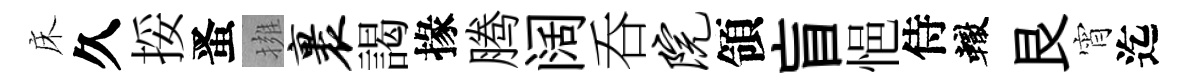
床久挼󱉠擁裹謁掾腾阔呑院領盲悒侍轍艮宵迄